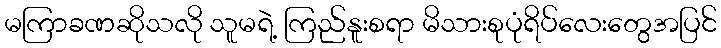
မကြာခဏဆိုသလို သူမရဲ့ ကြည်နူးစရာ မိသားစုပုံရိပ်လေးတွေအပြင်